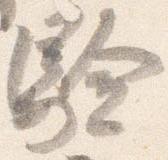
験